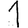
Digit: 1